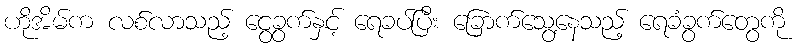
ဟိုအိမ်က လစ်လာသည့် ငွေခွက်နှင့် ရေခပ်ပြီး ခြောက်သွေ့နေသည့် ရေခံခွက်တွေကို